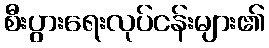
စီးပွားရေးလုပ်ငန်းများ၏